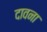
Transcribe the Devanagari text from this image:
दावना